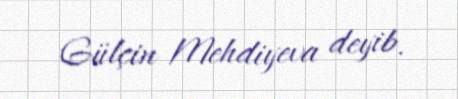
Gülçin Mehdiyeva deyib.